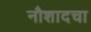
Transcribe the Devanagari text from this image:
नौशादचा